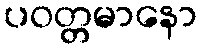
ပဝတ္တမာနော